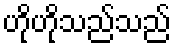
ဟိုဟိုသည်သည်